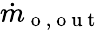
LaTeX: \dot{m}_{\mathrm{~o~,~o~u~t~}}